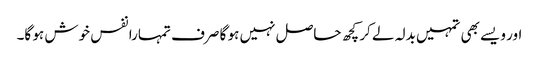
اور ویسے بھی تمہیں بدلہ لے کر کچھ حاصل نہیں ہو گا صرف تمہارا نفس خوش ہو گا۔